Account of plague administration in the Bombay Presidency from September 1896 till May 1897
Year: 1896
Disease focus: Plague
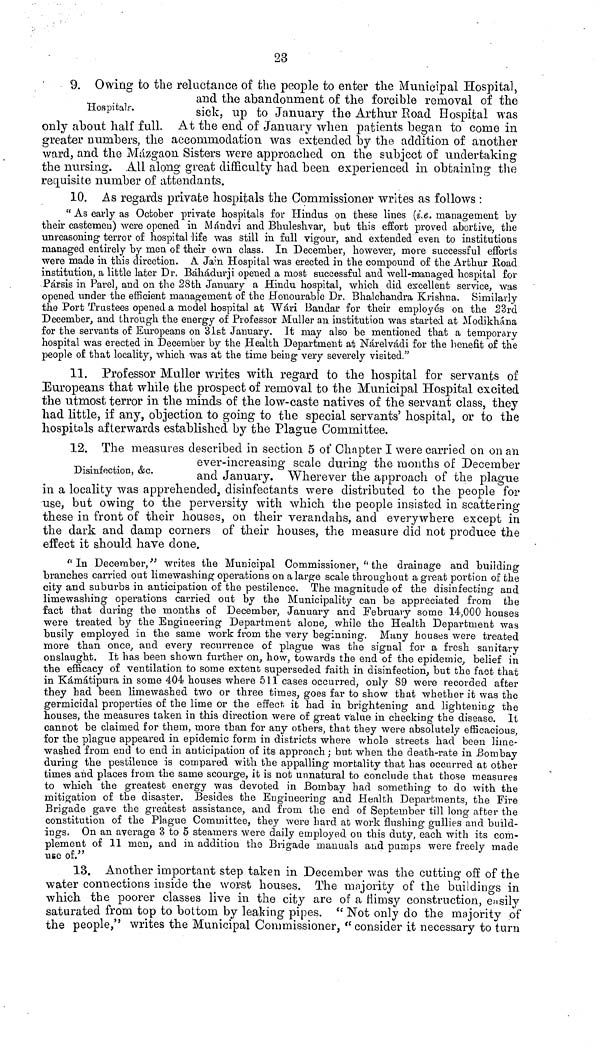
23
Hospital r.
9. Owing to the reluctance of the people to enter the Municipal Hospital,
and the abandonment or the forcible removal of the
sick, up to January the Arthur Road Hospital was
only about half full. At the end of January when patients began to come in
greater numbers, the accommodation was extended by the addition of another
ward, and the Mazgaon Sisters were approached on the subject of undertaking
the nursing. All along great difficulty had been experienced in obtaining the
requisite number of attendants.
10. As regards private hospitals the Commissioner writes as follows :
" As early as October private hospitals for Hindus on these lines (i.e. management by
their castemeu) were opened in Mandvi and Bhuleshvar, but tkis effort proved abortive, the
unreasoning terror of hospital life was still in full vigour, and extended even to institutions
managed entirely by men o£ their own class. In December, however, more successful efforts
were made in this direction. A Jain Hospital was erected in the compound of the Arthur Road
institution, a little later Dr. Bahadurji opened a most successful and well-managed hospital for
Parsis in Parel, and on the 28th. January a Hindu hospital, which did excellent service, was
opened under the efficient management of the Honourable Dr. Bhalchandra Krishna. Similarly
the Port Trustees opened a model hospital at Wàri Bandar for their employes on the 23rd
December, and through the energy of Professor Mailer an institution was started at Modikhàna
for the servants of Europeans on 31st January. It may also be mentioned that a temporary
hospital was erected in December by the Health Department at Nàrelvàdi for the benefit of the
people of that locality, which was at the time being very severely visited."
11. Professor Muller writes with regard to the hospital for servants of
Europeans that while the prospect of removal to the Municipal Hospital excited
the utmost terror in the minds of the low-caste natives of the servant class, they
had little, if any, objection to going to the special servants' hospital, or to the
hospitals afterwards established by the Plague Committee.
Disinfection, &c.
12. The measures described in section 5 of Chapter I were carried on on an
ever-increasing scale during the months of December
and January. Wherever the approach of the plague
in a locality was apprehended, disinfectants were distributed to the people for
use, but owing to the perversity with which the people insisted in scattering
these in front of their houses, on their verandahs, and everywhere except in
the dark and damp corners of their houses, the measure did not produce the
effect it should have done.
" In December, " writes the Municipal Commissioner, (t the drainage and building
branches carried out limewashing operations on a large scale throughout a great portion of the
city and suburbs in anticipation of the pestilence. The magnitude of the disinfecting and
limewashing operations carried oat by the Municipality can be appreciated from the
fact that during the months of December, January and February some 14,000 houses
were treated by the Engineering Department alone,, while the Health Department was
busily employed in the same work from the very beginning. Many houses were treated
more than once, and every recurrence of plague was the signal for a fresh, sanitary
onslaught. It has been shown, further on, how, towards the end of the epidemic, belief in
the efficacy of ventilation to some extent superseded faith in disinfection, but the fact that
in Kàmàtipura in some 404 houses where 511 cases occurred, only 89 were recorded after
they had been limewashed two or three times, goes far to show that whether it was the
germicidal properties of the lime or the effect, it had in brightening and lightening the
houses, the measures taken in this direction were of great value in checking the disease. It
cannot be claimed for them, more than for any others, that they were absolutely efficacious,
for the plague appeared in epidemic form in districts where whole streets had been lime-
washed from end to end in anticipation of its approach.; but when the death-rate in Bombay
during the pestilence is compared with the appalling mortality that has occurred at other
times and places from the same scourge, it is not unnatural to conclude that those measures
to which the greatest energy was devoted in Bombay had something to do with the
mitigation of the disaster. Besides the Engineering and Health Departments, tlie Fire
Brigade gave the greatest assistance, and from the end of September till long after the
constitution of the Plague Committee, they were hard at work flushing gullies and build-
ings. On an average 3 to 5 steamers were daily employed on this duty, each with its com-
plement of 11 men, and in addition the Brigade manuals and pumps were freely made
use of.·"
13. Another important step taken in December was the cutting off of the
water connections inside the worst houses. The majority of the buildings in
which the poorer classes live in the city are of a Himsy construction, easily
saturated from top to bottom by leaking pipes. " Not only do the majority of
the people," writes the Municipal Commissioner, " consider it necessary to turn